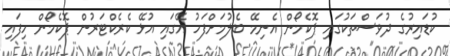
ކުޑައިރުގެ ދުވަސްތަކުގައި ޕޮކެމޯން އެނިމޭ ބެލުމަށްފަހު އޭގައި އުޅޭ ކެރެކްޓަރުން ޕޮކެމޯން ހިފައި